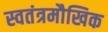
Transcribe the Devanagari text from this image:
स्वतंत्रमौखिक